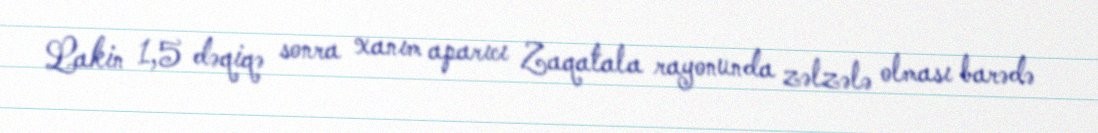
Lakin 1,5 dəqiqə sonra xanım aparıcı Zaqatala rayonunda zəlzələ olması barədə